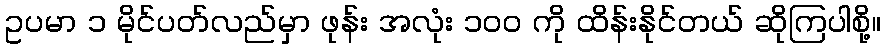
ဥပမာ ၁ မိုင်ပတ်လည်မှာ ဖုန်း အလုံး ၁၀၀ ကို ထိန်းနိုင်တယ် ဆိုကြပါစို့။